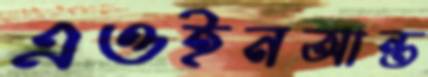
এওইনআন্ত